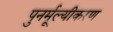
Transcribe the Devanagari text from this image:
पुनर्मूल्यीकरण